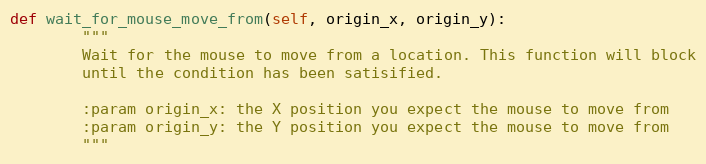
Language: Python
def wait_for_mouse_move_from(self, origin_x, origin_y):
        """
        Wait for the mouse to move from a location. This function will block
        until the condition has been satisified.

        :param origin_x: the X position you expect the mouse to move from
        :param origin_y: the Y position you expect the mouse to move from
        """